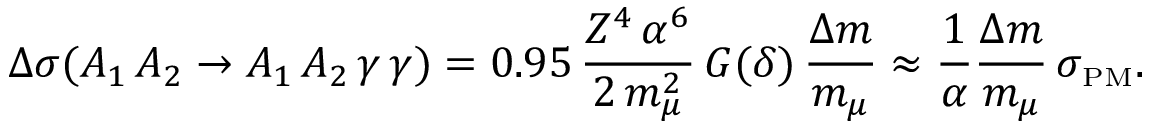
\Delta \sigma ( A _ { 1 } \, A _ { 2 } \to A _ { 1 } \, A _ { 2 } \, \gamma \, \gamma ) = 0 . 9 5 \, { \frac { Z ^ { 4 } \, \alpha ^ { 6 } } { 2 \, m _ { \mu } ^ { 2 } } } \, G ( \delta ) \, { \frac { \Delta m } { m _ { \mu } } } \approx { \frac { 1 } { \alpha } } { \frac { \Delta m } { m _ { \mu } } } \, \sigma _ { \mathrm { { \scriptscriptstyle P M } } } .